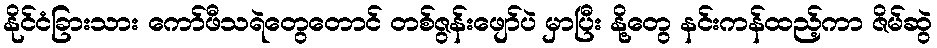
နိုင်ငံခြားသား ကော်ဖီသရဲတွေတောင် တစ်ဇွန်းဖျော်ပဲ မှာပြီး နို့တွေ နင်းကန်ထည့်ကာ ဇိမ်ဆွဲ